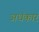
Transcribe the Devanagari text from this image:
अधंकार